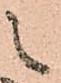
之